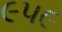
૯૫૯